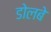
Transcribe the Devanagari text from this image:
डोलबे